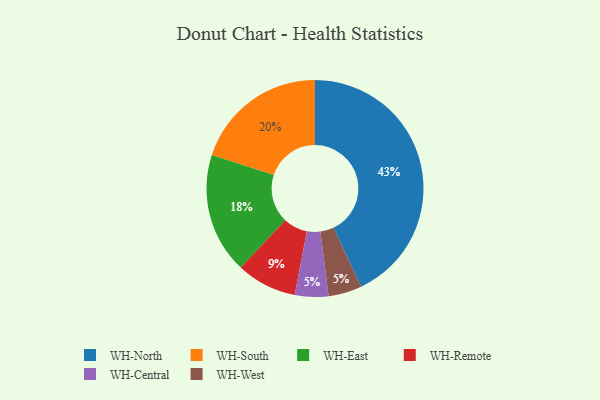
{"axis": {"x": "Category", "y": "Percentage"}, "legend": ["WH-Central", "WH-East", "WH-North", "WH-Remote", "WH-South", "WH-West"], "data": [{"x": "WH-Central", "y": 5, "type": "WH-Central"}, {"x": "WH-Remote", "y": 9, "type": "WH-Remote"}, {"x": "WH-West", "y": 5, "type": "WH-West"}, {"x": "WH-South", "y": 20, "type": "WH-South"}, {"x": "WH-East", "y": 18, "type": "WH-East"}, {"x": "WH-North", "y": 43, "type": "WH-North"}]}